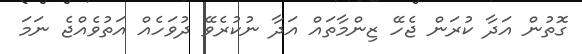
ގޮތުން އަދާ ކުރަން ޖެހޭ ޒިންމާތައް އަދާ ނުކުރެވޭ ދުވަހެއް އަތުވެއްޖެ ނަމަ